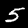
Digit: 5